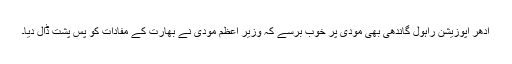
ادھر اپوزیشن راہول گاندھی بھی مودی پر خوب برسے کہ وزیر اعظم مودی نے بھارت کے مفادات کو پس پشت ڈال دیا۔